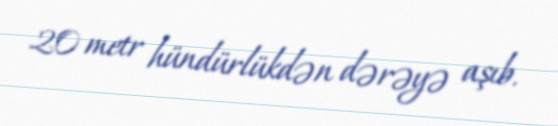
20 metr hündürlükdən dərəyə aşıb.